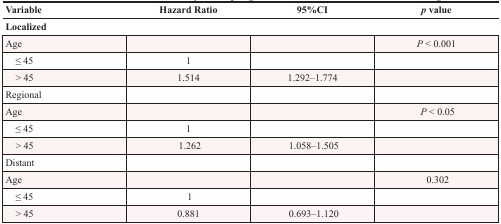
<table><thead><tr><td><b>Variable</b></td><td><b>Hazard Ratio</b></td><td><b>95%CI</b></td><td><b><i>p</i> value</b></td></tr><tr><td colspan="4"><b>Localized</b></td></tr></thead><tbody><tr><td>Age</td><td></td><td></td><td><i>P</i> &lt; 0.001</td></tr><tr><td> ≤ 45</td><td>1</td><td></td><td></td></tr><tr><td> &gt; 45</td><td>1.514</td><td>1.292–1.774</td><td></td></tr><tr><td>Regional</td><td></td><td></td><td></td></tr><tr><td>Age</td><td></td><td></td><td><i>P</i> &lt; 0.05</td></tr><tr><td> ≤ 45</td><td>1</td><td></td><td></td></tr><tr><td> &gt; 45</td><td>1.262</td><td>1.058–1.505</td><td></td></tr><tr><td>Distant</td><td></td><td></td><td></td></tr><tr><td>Age</td><td></td><td></td><td>0.302</td></tr><tr><td> ≤ 45</td><td>1</td><td></td><td></td></tr><tr><td> &gt; 45</td><td>0.881</td><td>0.693–1.120</td><td></td></tr></tbody></table>